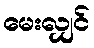
မေးလျှင်